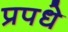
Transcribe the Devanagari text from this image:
प्रपधे